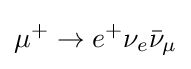
\mu ^{+}\rightarrow e^{+}\nu _{e}{\bar {\nu }}_{\mu }